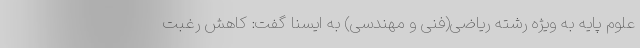
علوم پایه به ویژه رشته ریاضی(فنی و مهندسی) به ایسنا گفت: کاهش رغبت